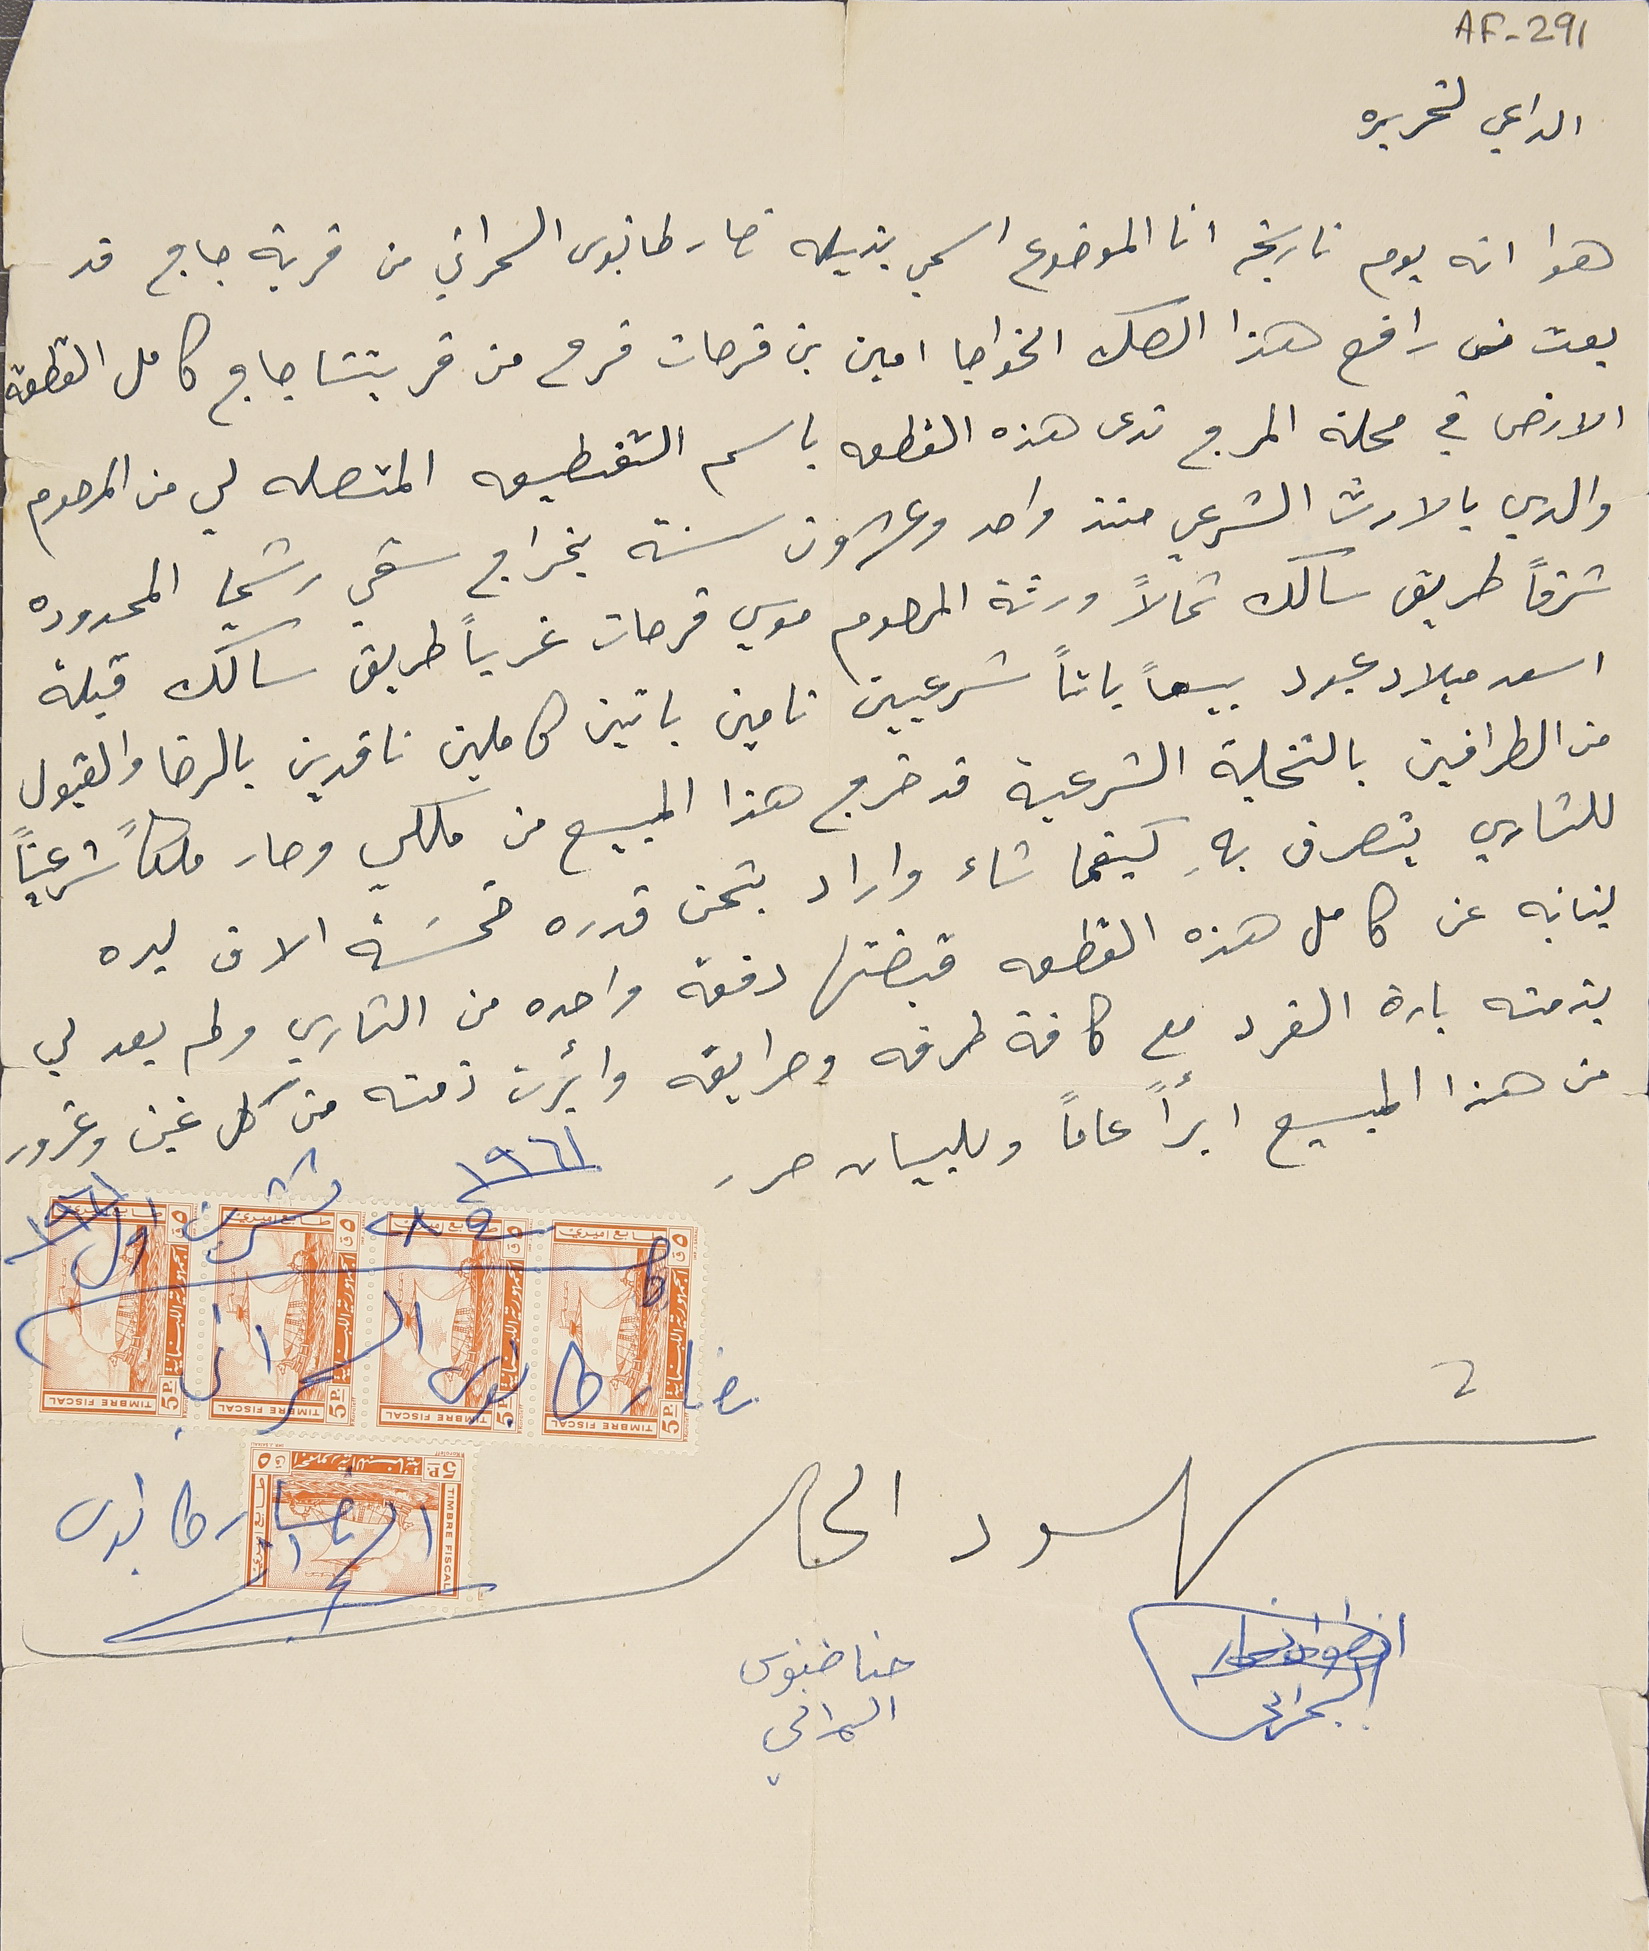
AF-291
الداعي لتحريره
هوا انه يوم تاريخه انا الموضوع اسمي بذيله نصار طانيوسَ السمراني من قرية جاج قد
بعت من رافع هذا الصك الخواجا امين بن فرحات فرح من قريتنا جاج كامل القطعة
الارض في محلة المرج تدعى هذه القطعه باسم التقطيعه المتصله لي من المرحوم
والدي بالارث الشرعي منذ واحد وعشرون سنة بخراج سقي رشميا المحدوده
شرقاً طريق سالك شمالاً ورثة المرحوم موسي فرحات غرباً طريق سالك قبلة
اسعد ميلاد عبود بيعاً باتاً شرعيين تامين باتين كاملين ناقدين بالرضا والقبول
من الطرافين بالتخلية الشرعية قد خرج هذا المبيع من ملكي وصار ملكاً شرعياً
للشاري يتصرف بهِ كيفما شاء واراد بثمن قدره خمسَة الاف ليره
لبنانيه عن كامل هذه القطعه قبضتها دفعه واحده من الشاري ولم يعد لي
بذمته بارة الفرد مع كافة طرقه وطرايقه وأبرت ذمته من كل غبن وغرور
من هذا المبيع ابرأً عاماً وللبيان حرر ١٩٦١ فى ٢٨ تشرين اول ١٩٦١
كاتب نصار طانيوس السمراني
شهود الحال نصار طانيوس السمراني
انطوان نصار السمراني حنا طنوس السمراني